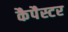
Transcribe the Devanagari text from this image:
कैपैस्टर